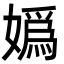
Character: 嬀